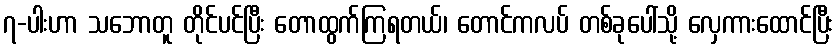
၇-ပါးဟာ သဘောတူ တိုင်ပင်ပြီး တောထွက်ကြရတယ်၊ တောင်ကလပ် တစ်ခုပေါ်သို့ လှေကားထောင်ပြီး